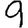
Digit: 9